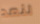
لنعد